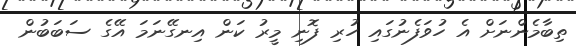
ތިބާމެންނަށް އެ ހުވަފެނުގައި ހުރި ފޮނި މީރު ކަން އިނގޭނަމަ އޭގެ ސަބަބުން